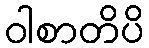
ဝါစာတိပိ